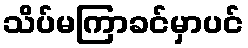
သိပ်မကြာခင်မှာပင်